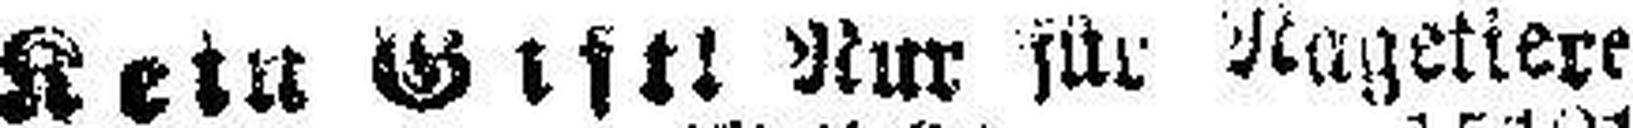
Kein Gistl Nur für Nagetiere